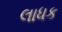
લાધક